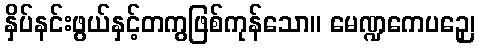
နှိပ်နင်းဖွယ်နှင့်တကွဖြစ်ကုန်သော။ မေဏ္ဍကေပဉှေ၊